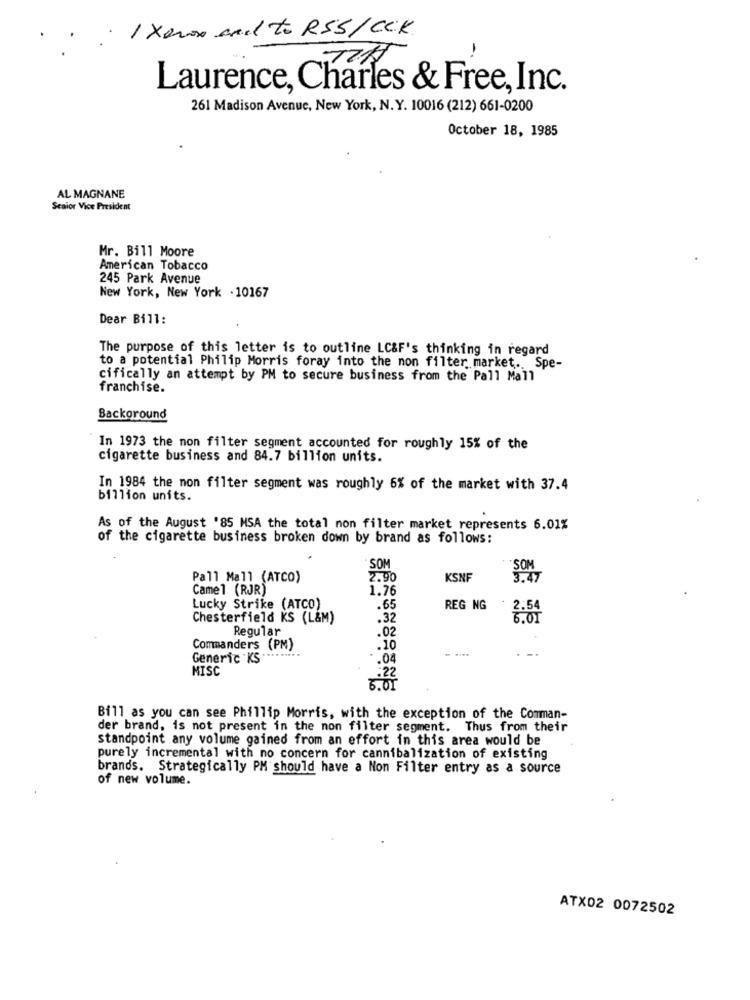
· 1 Xerox and to RSS/CCK
-.
Laurence, Charles & Free, Inc.
261 Madison Avenue, New York, N. Y. 10016 (212) 661-0200
October 18, 1985
AL MAGNANE
Scaior Vice President
Mr. Bill Moore
American Tobacco
245 Park Avenue
New York, New York . 10167
Dear Bill:
The purpose of this letter is to outline LC&F's thinking in regard
to a potential Philip Morris foray into the non filter market ., Spe-
cifically an attempt by PM to secure business from the Pall Mall
franchise.
Background
In 1973 the non filter segment accounted for roughly 15% of the
cigarette business and 84.7 billion units.
In 1984 the mon filter segment was roughly 6% of the market with 37.4
billion units.
As of the August '85 MSA the total non filter market represents 6.01%
of the cigarette business broken down by brand as follows:
SOM
Pall Mall (ATCO)
2.90
KSNF
Camel (RJR)
1.76
Lucky Strike (ATCO)
.65
REG NG
2.54
Chesterfield KS (L&M)
.32
Regular
.02
Commanders (PM)
.10
- ....
Generic KS"
.04
MISC
6.0
Bill as you can see Phillip Morris, with the exception of the Comman-
der brand, is not present in the non filter segment. Thus from their
standpoint any volume gained from an effort in this area would be
purely incremental with no concern for cannibalization of existing
brands. Strategically PM should have a Non Filter entry as a source
of new volume.
ATX02 0072502